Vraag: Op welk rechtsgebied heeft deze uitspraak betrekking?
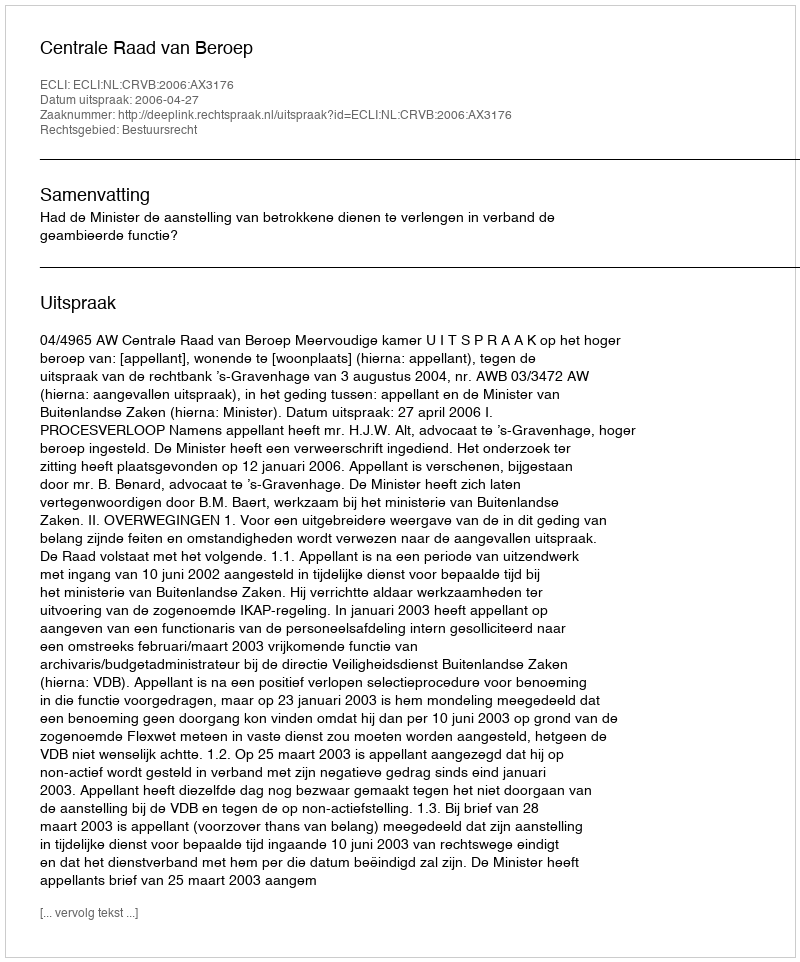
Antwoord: Bestuursrecht